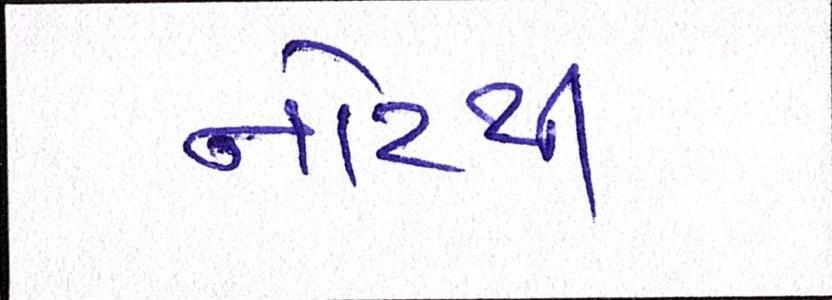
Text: નોટથી